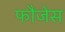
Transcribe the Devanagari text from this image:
फौजेस